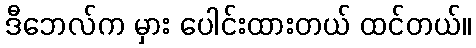
ဒီဘေလ်က မှား ပေါင်းထားတယ် ထင်တယ်။